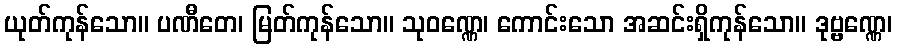
ယုတ်ကုန်သော။ ပဏီတေ၊ မြတ်ကုန်သော။ သုဝဏ္ဏေ၊ ကောင်းသော အဆင်းရှိကုန်သော။ ဒုဗ္ဗဏ္ဏေ၊